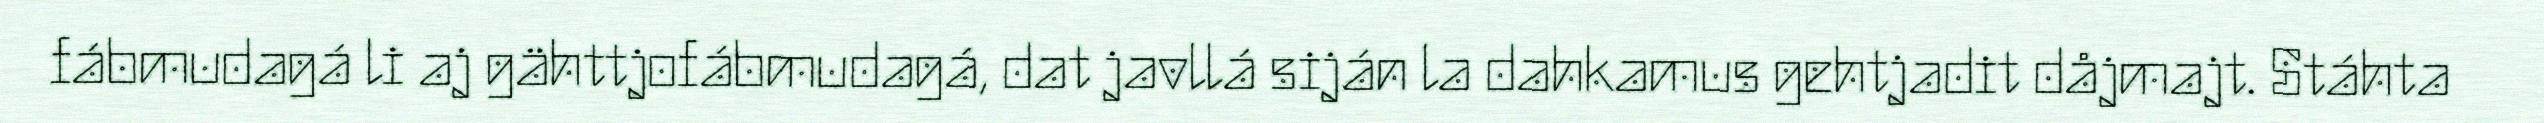
fábmudagá li aj gähttjofábmudagá, dat javllá siján la dahkamus gehtjadit dåjmajt. Stáhta